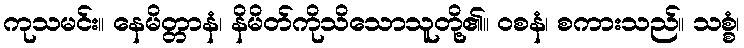
ကုသမင်း။ နေမိတ္တာနံ၊ နိမိတ်ကိုသိသောသူတို့၏။ ဝစနံ၊ စကားသည်။ သစ္စံ၊